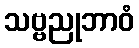
သဗ္ဗညုဘာဝံ